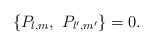
LaTeX: \begin{align*}\{ P_{l,m},\ P_{l',m'}\} = 0.\end{align*}